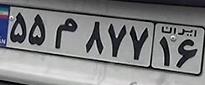
۵۵م۸۷۷۱۶